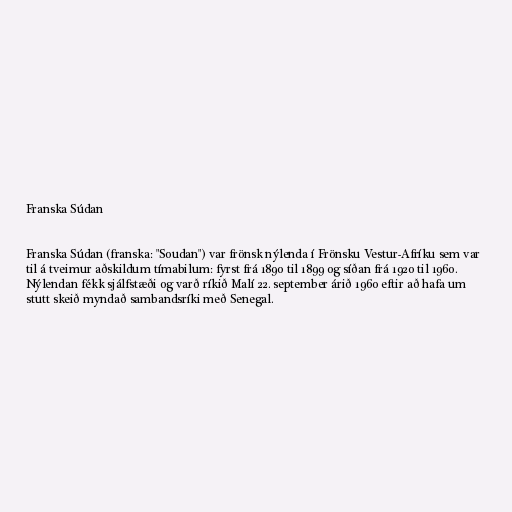
Franska Súdan

Franska Súdan (franska: "Soudan") var frönsk nýlenda í Frönsku Vestur-Afríku sem var
til á tveimur aðskildum tímabilum: fyrst frá 1890 til 1899 og síðan frá 1920 til 1960.
Nýlendan fékk sjálfstæði og varð ríkið Malí 22. september árið 1960 eftir að hafa um
stutt skeið myndað sambandsríki með Senegal.